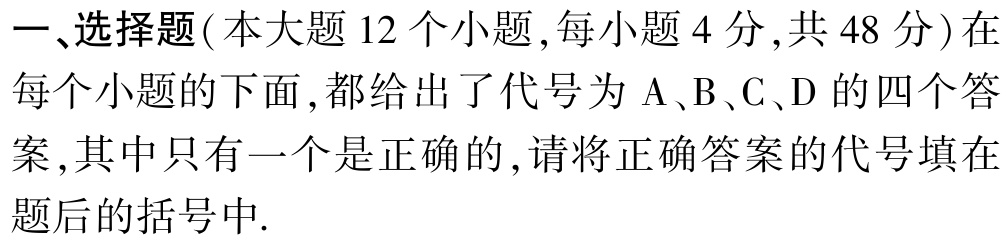
一、选择题(本大题 12 个小题,每小题 4 分,共 48 分)在每个小题的下面,都给出了代号为 A、B、C、D 的四个答案,其中只有一个是正确的,请将正确答案的代号填在题后的括号中.